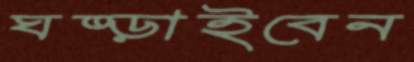
ঘষ্‌ড়াইবেন